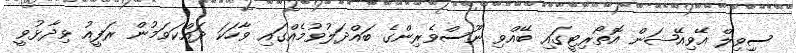
ސިިވިލް އޭވިއޭޝަން އޮތޯރިޓީގައި ބޭއްވި ނޫސްވެރިންގެ ބައްދަލުވުމެއްގައި ވާހަކަ ދައްކަވަމުން ރަފީއު ވިދާޅުވީ